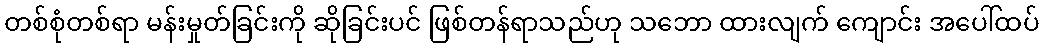
တစ်စုံတစ်ရာ မန်းမှုတ်ခြင်းကို ဆိုခြင်းပင် ဖြစ်တန်ရာသည်ဟု သဘော ထားလျက် ကျောင်း အပေါ်ထပ်